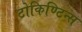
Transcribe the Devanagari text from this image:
टोकिण्टिन्स